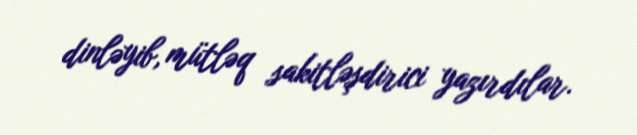
dinləyib, mütləq sakitləşdirici yazırdılar.